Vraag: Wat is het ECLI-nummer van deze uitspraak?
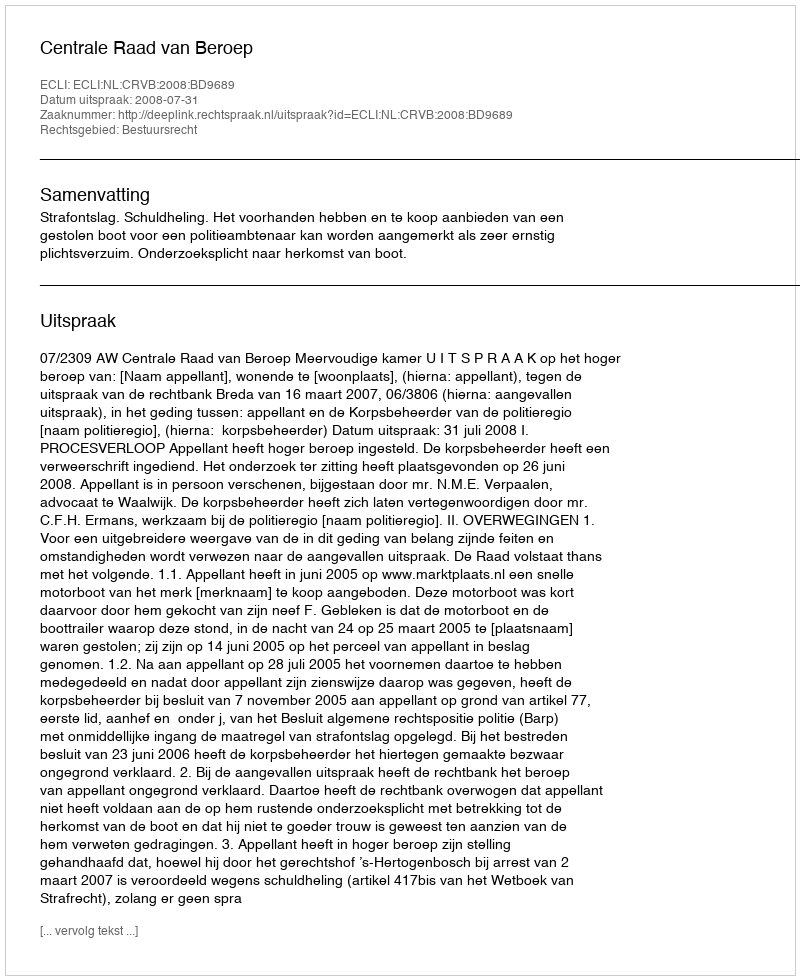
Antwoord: ECLI:NL:CRVB:2008:BD9689